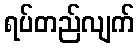
ရပ်တည်လျက်